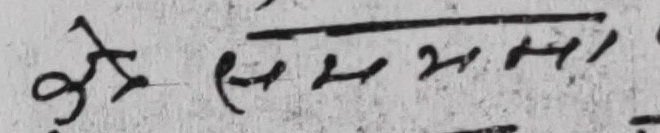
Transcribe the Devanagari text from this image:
जे सिद्ध मला